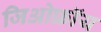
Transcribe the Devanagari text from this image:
जिओफ्रॉय